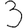
Digit: 3